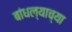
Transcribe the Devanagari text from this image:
बांधल्याच्या